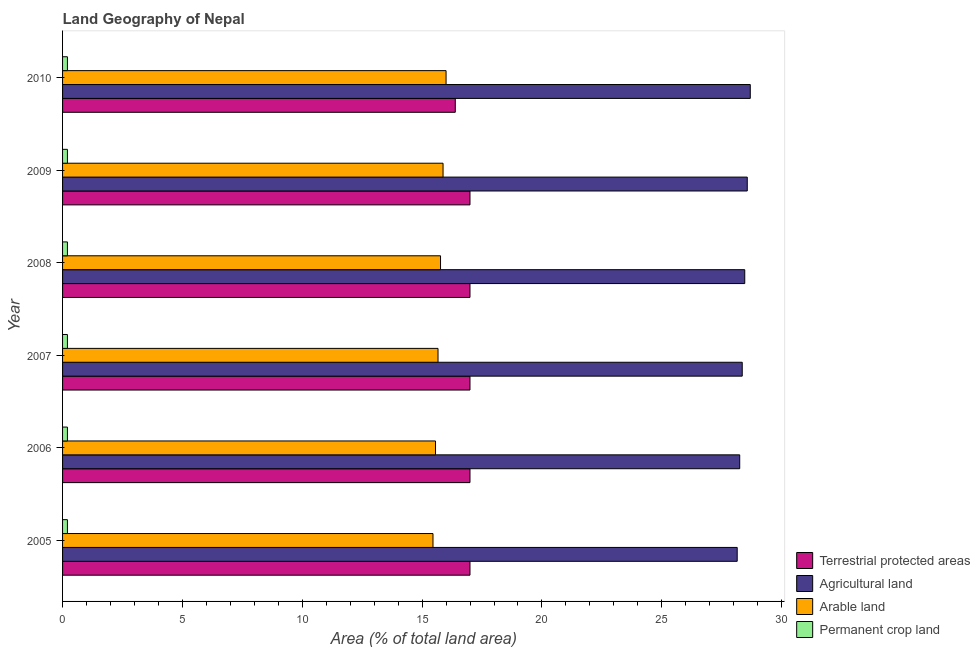
| Year | Terrestrial protected areas | Agricultural land | Arable land | Permanent crop land |
 | --- | --- | --- | --- | --- |
 | 2005 | 17 | 28.1 | 15.5 | 0.203 |
 | 2006 | 17 | 28.3 | 15.6 | 0.203 |
 | 2007 | 17 | 28.4 | 15.7 | 0.203 |
 | 2008 | 17 | 28.5 | 15.8 | 0.203 |
 | 2009 | 17 | 28.6 | 15.9 | 0.203 |
 | 2010 | 16.4 | 28.7 | 16 | 0.203 |